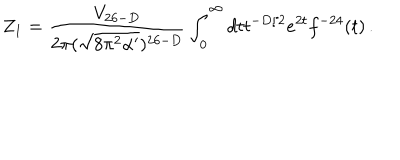
Z _ { 1 } = \frac { V _ { 2 6 - D } } { 2 \pi ( \sqrt { 8 \pi ^ { 2 } \alpha ^ { \prime } } ) ^ { 2 6 - D } } \int _ { 0 } ^ { \infty } d t t ^ { - D / 2 } e ^ { 2 t } f ^ { - 2 4 } ( t ) \, .